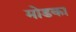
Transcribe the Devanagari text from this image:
मोडका